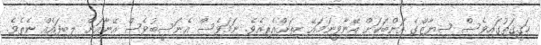
ހަޤީޤަތުގައިވެސް ސިޔާޒްގެ އަންބަކަށް އޭނާވީނަމައޭ ހިތަށްއެރިއެވެ. ނަމަވެސް އެނަސީބުވެސް އޭނާއަށް ލިބިފައެއް ނެތެވެ.